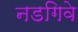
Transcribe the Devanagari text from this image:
नडगिवे